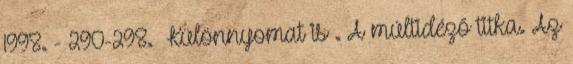
1998. - 290-298. Különnyomat is . A múltidéző titka. Az